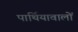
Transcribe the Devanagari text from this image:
पार्थियावालों